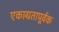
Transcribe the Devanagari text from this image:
एकाग्रतापूर्वक